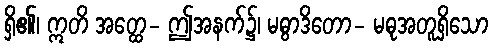
ရှိ၏၊ ဣတိ အတ္ထေ- ဤအနက်၌၊ မဓွာဒိတော- မဓုအတူရှိသော